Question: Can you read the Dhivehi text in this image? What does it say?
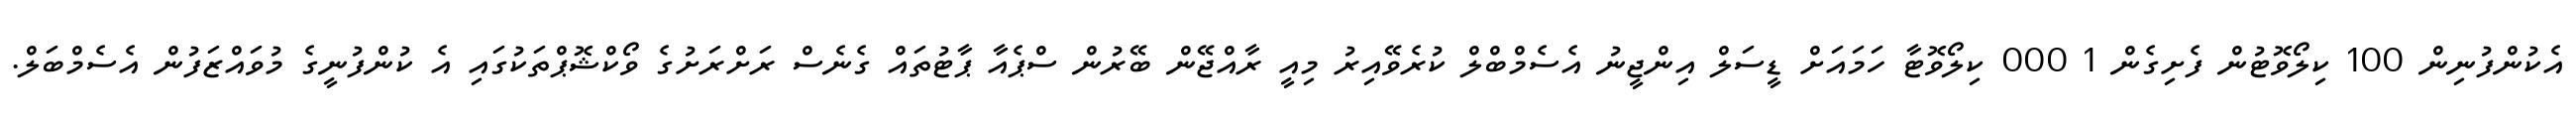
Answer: އެކުންފުނިން 100 ކިލޯވޮޓުން ފެށިގެން 1 000 ކިލޯވޮޓާ ހަމައަށް ޑީސަލް އިންޖީނު އެސެމްބްލް ކުރެވޭއިރު މިއީ ރާއްޖޭން ބޭރުން ސްޕެއާ ޕާޓުތައް ގެނެސް ރަށްރަށުގެ ވޯކްޝޮޕްތަކުގައި އެ ކުންފުނީގެ މުވައްޒަފުން އެސެމްބަލް.